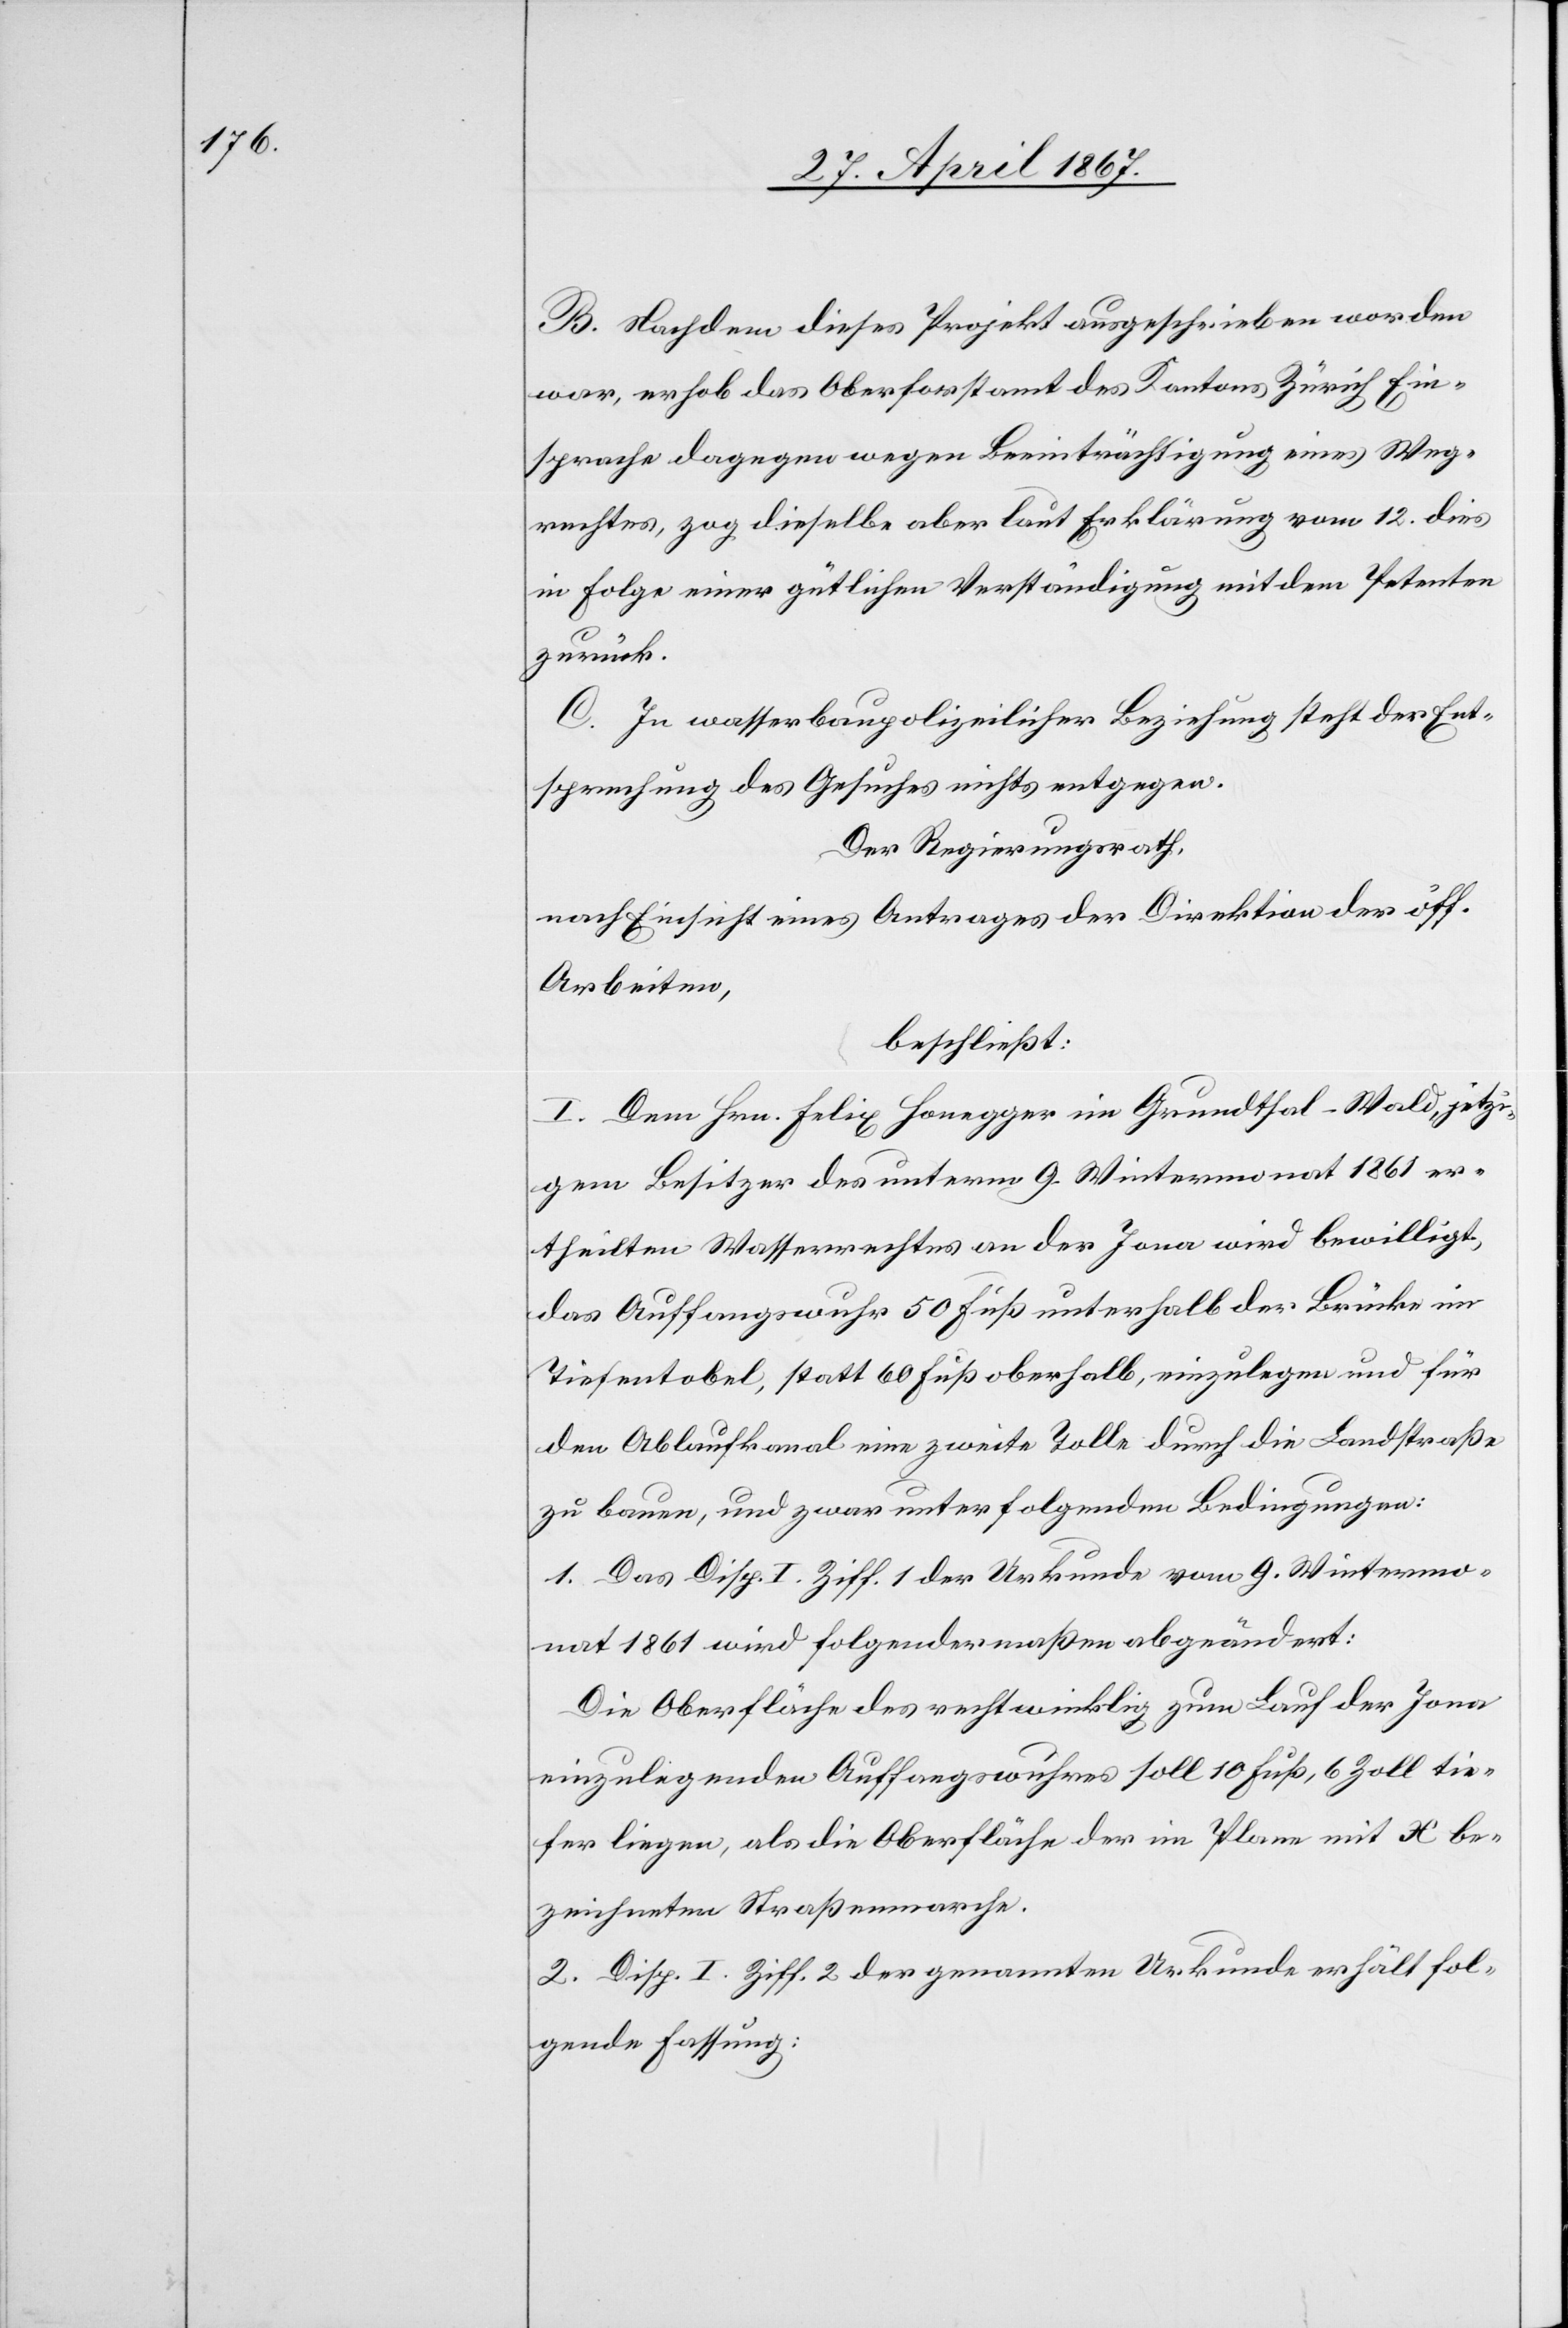
B. Nachdem dieses Projekt ausgeschrieben worden
war, erhob das Oberforstamt des Kantons Zürich Ein¬
sprache dagegen wegen Beeinträchtigung eines Weg¬
rechtes, zog dieselbe aber laut Erklärung vom 12. dies
in Folge einer gütlichen Verständigung mit dem Petenten
zurück.
C. In wasserbaupolizeilicher Beziehung steht der Ent¬
sprechung des Gesuches nichts entgegen.
Der Regierungsrath,
nach Einsicht eines Antrages der Direktion der öff.
Arbeiten,
beschließt:
I. Dem Hrn. Felix Honegger im Grundthal-Wald, jetzi¬
gen Besitzer des unterm 9. Wintermonat 1861 er¬
theilten Wasserrechtes an der Jona wird bewilligt,
das Auffangswuhr 50 Fuß unterhalb der Brücke im
Tiefentobel, statt 60 Fuß oberhalb, einzulegen und für
den Ablaufkanal eine zweite Tolle durch die Landstraße
zu bauen, und zwar unter folgenden Bedingungen:
1. Das Disp. I. Ziff. 1 der Urkunde vom 9. Wintermo¬
nat 1861 wird folgendermaßen abgeändert:
Die Oberfläche des rechtwinklig zum Lauf der Jona
einzulegenden Auffangswuhres soll 10 Fuß, 6 Zoll tie¬
fer liegen, als die Oberfläche der im Plane mit H be¬
zeichneten Straßenmarche.
2. Disp. I. Ziff. 2 der genannten Urkunde erhält fol¬
gende Fassung: